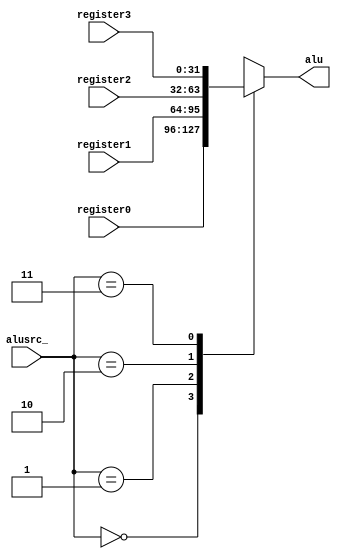
module alusrc (
    input [31:0]register0,register1,register2,register3,
    input [1:0]alusrc_,
    output reg [31:0]alu
);
    always @(*) begin
        case (alusrc_)
            0: alu=register0;
            1: alu=register1;
            2: alu=register2;
            3: alu=register3;
            default: alu=0;
        endcase
    end
endmodule